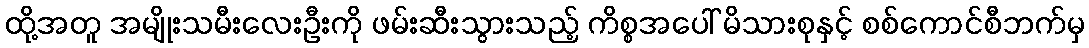
ထို့အတူ အမျိုးသမီးလေးဦးကို ဖမ်းဆီးသွားသည့် ကိစ္စအပေါ် မိသားစုနှင့် စစ်ကောင်စီဘက်မှ